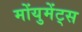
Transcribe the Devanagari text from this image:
मोंयुमेंट्स